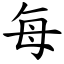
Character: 每